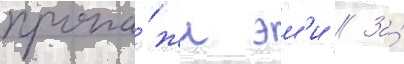
пропа́жи эм'и // За́